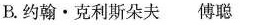
B.约翰·克利斯朵夫傅聪